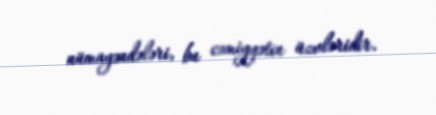
nümayəndələri, bu cəmiyyətin üzvləridir.